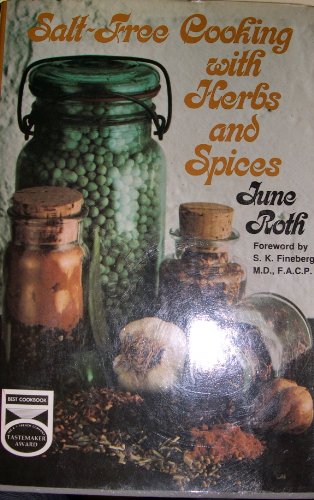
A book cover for Salt Free Cooking With Herbs And Spices; June Roth; Cookbooks, Food & Wine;